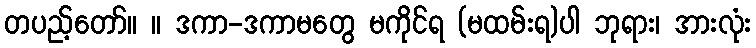
တပည့်တော်။ ။ ဒကာ-ဒကာမတွေ မကိုင်ရ (မထမ်းရ)ပါ ဘုရား၊ အားလုံး